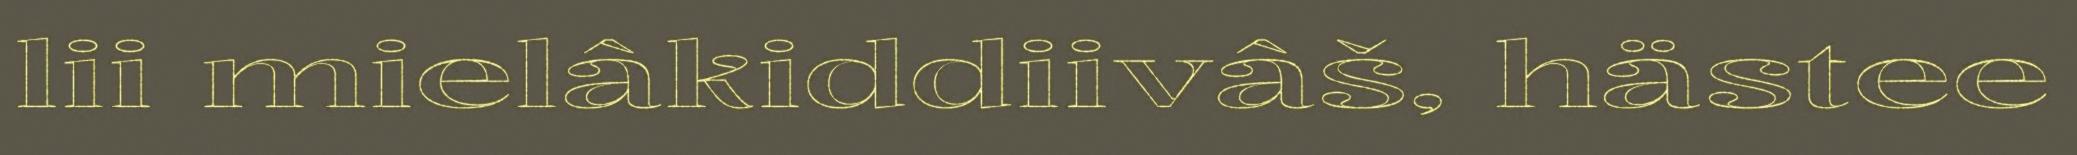
lii mielâkiddiivâš, hästee